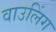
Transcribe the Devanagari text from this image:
वाउलिंग